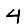
Digit: 4